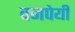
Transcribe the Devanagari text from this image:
वजपेयी